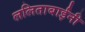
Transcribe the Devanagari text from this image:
ललिताबाईंनी